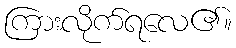
ကြားလိုက်ရလေ၏။